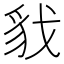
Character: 𮙦